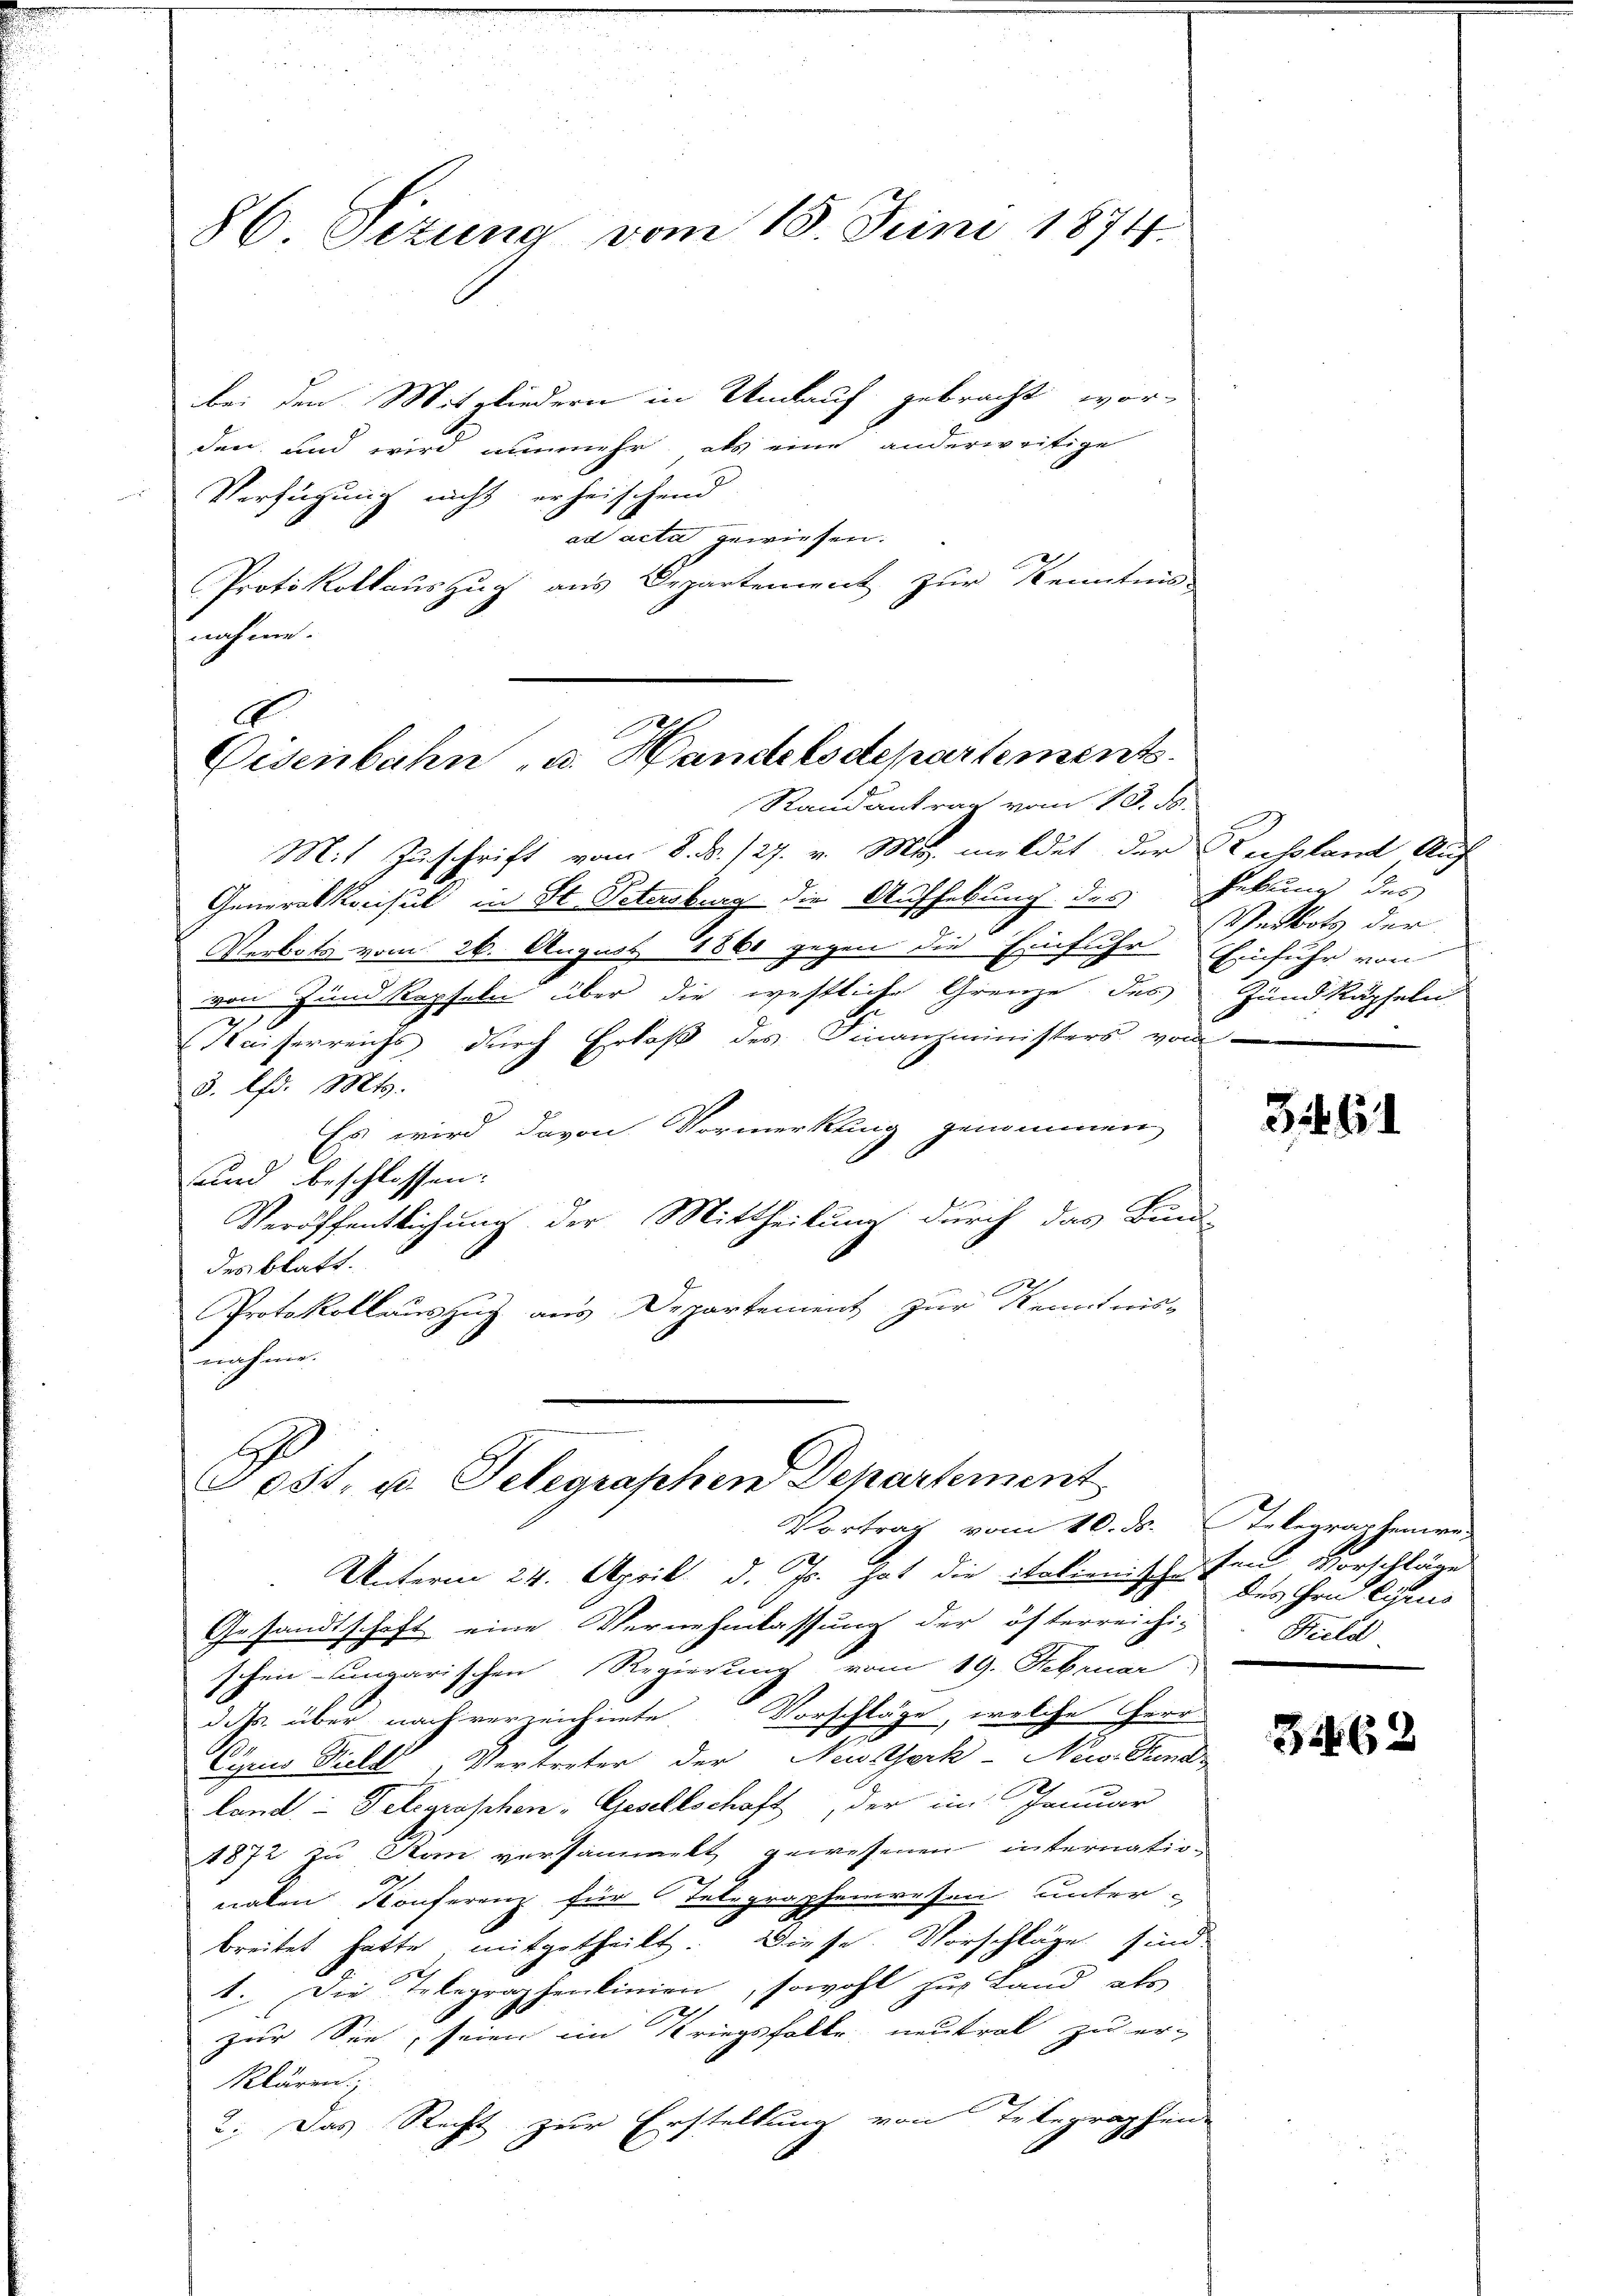
86 Sitzung vom 18. Juni 1874.

bei den Mitgliedern in Ankauf gebracht wor-
den und wird nunmehr als eine anderweitige
Verfügung nicht erheischend
ad acta gewiesen.
Protokollauszug aus Departement zur Kenntnis-
nehmen.
.

Eisenbahn u. Handelsdepartements
Randantrag vom 13. Se.

Fost, u. Telegraphen Departement
Vortrag vom 10. ds. Telegraphenre-

Mit Zuschrift vom 8. d. 127. v. M. meldet der Russland Auf
Generalkonsul in St. Petersburg die Aufhebung des Rekung des
Verbots vom 26. August 1861 gegen die Einfuhr Einfuhr von
von Zund Repseln über die westliche Grenze des Zundkapfeln
3
Waiserreichs durch Erlaß des Finanzministers vom
3. lfd. Mts.
Es wird davon Vormerkung genommen,
und beschlossen:
Veröffentlichung der Mittheilung durch das Bund-
des blatt.
Protokollauszug aus Departement zur Kenntnis-
nahme.

Verbots der

Unterm 24. April d. Js. hat die Stokimischehen Vorschläge
Gesandtschaft eine Vernehmlassung der öfterreichi-
schen ungarischen Regierung vom 19. Februar
d.ds. über nach verzeichnete. Vorschläge, welche Herr
.
Cyruis Bild, Vertreter der Newtthork-New-Sund
land Telegraschen, Gesellschaft, der im Januar
1872 zu San versammelt gewesenen internatio-
naten Konferenz für Telegraphenwesen unter-
breitet hatte mitgetheilt. Diese Vorschläge sind
1. Die Telegraphenlinien, sowohl zur Land als
2
zur See, seien im Kriegsfalle neutral zu er-
klären.
2. Das Recht zur Erstellung von Telegraphen-

346.

des Hrn Carus
Huld

3462